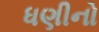
ધણીનો